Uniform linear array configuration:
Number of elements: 4
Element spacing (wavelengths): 0.5
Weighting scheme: hann
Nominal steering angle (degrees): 30
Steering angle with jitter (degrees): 28.419
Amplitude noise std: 0.05
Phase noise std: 0.05

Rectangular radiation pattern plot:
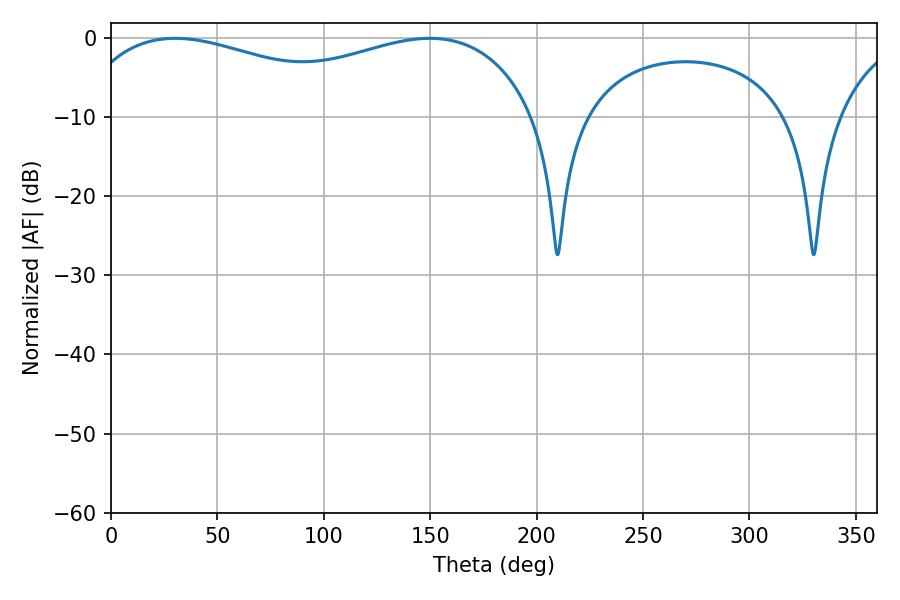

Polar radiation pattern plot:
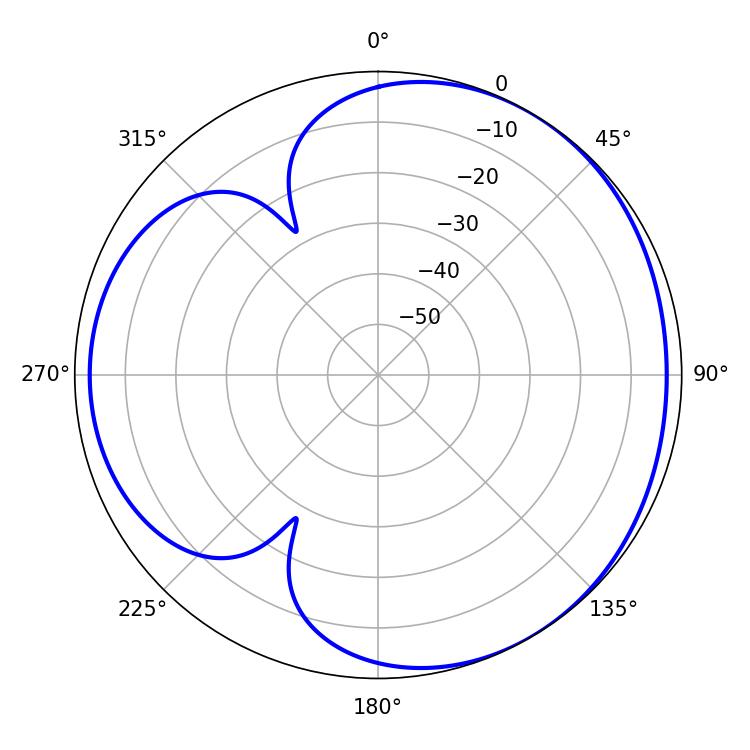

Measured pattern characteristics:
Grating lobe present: FALSE
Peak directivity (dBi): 3.504
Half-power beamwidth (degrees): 179.64
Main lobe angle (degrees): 30.24